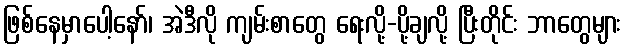
ဖြစ်နေမှာပေါ့နော်၊ အဲဒီလို ကျမ်းစာတွေ ရေးလို့-ပို့ချလို့ ပြီးတိုင်း ဘာတွေများ